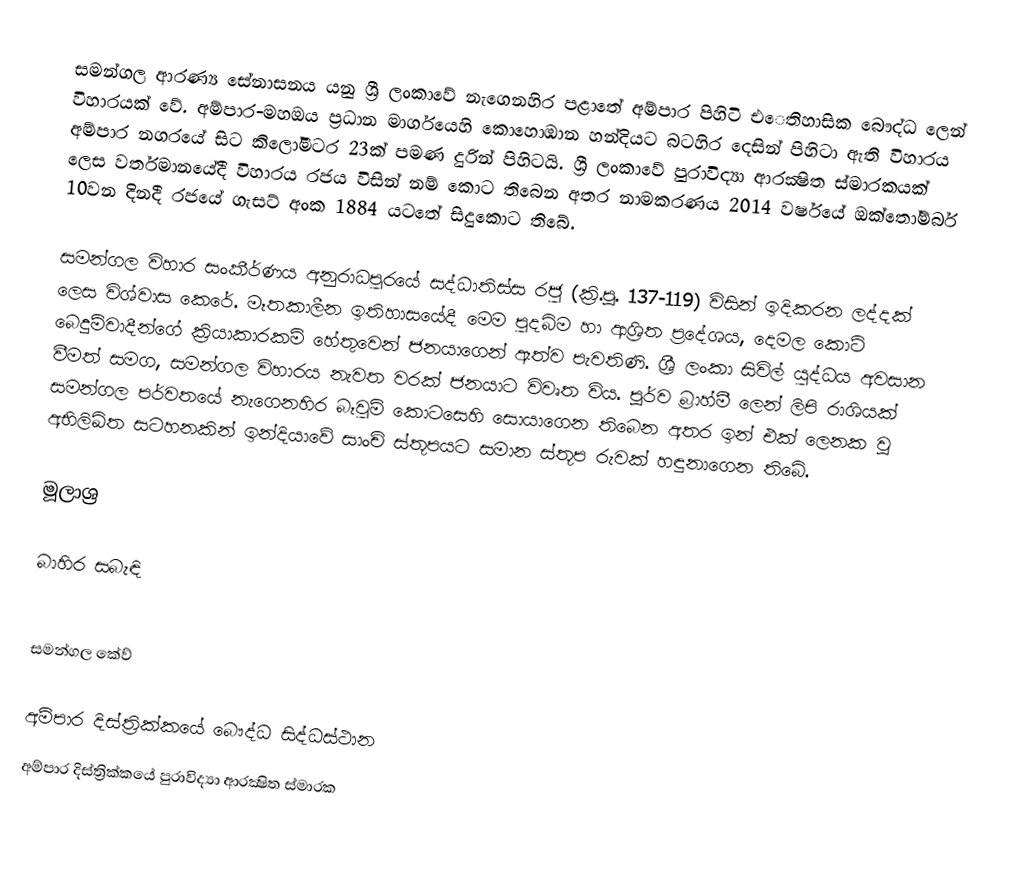
සමන්ගල ආරණ්‍ය සේනාසනය යනු ශ්‍රී ලංකාවේ නැගෙනහිර පළාතේ අම්පාර පිහිටි එෙතිහාසික බෞද්ධ ලෙන් විහාරයක් වේ. අම්පාර-මහඔය ප්‍රධාන මාර්ගයෙහි කොහොඹාන හන්දියට බටහිර දෙසින් පිහිටා ඇති විහාරය අම්පාර නගරයේ සිට කිලෝමීටර 23ක් පමණ දුරින් පිහිටයි. ශ්‍රී ලංකාවේ පුරාවිද්‍යා ආරක්‍ෂිත ස්මාරකයක් ලෙස වර්තමානයේදී විහාරය රජය විසින් නම් කොට තිබෙන අතර නාමකරණය 2014 වර්ෂයේ ඔක්තෝම්බර් 10වන දිනදී රජයේ ගැසට් අංක 1884 යටතේ සිදුකොට තිබේ.

සමන්ගල විහාර සංකීර්ණය අනුරාධපුරයේ සද්ධාතිස්ස රජු (ක්‍රි.පූ. 137-119) විසින් ඉදිකරන ලද්දක් ලෙස විශ්වාස කෙරේ. මෑතකාලීන ඉතිහාසයේදී මෙම පුදබිම හා ආශ්‍රිත ප්‍රදේශය, දෙමල කොටි බෙදුම්වාදීන්ගේ ක්‍රියාකාරකම් හේතුවෙන් ජනයාගෙන් ඈත්ව පැවතිණි. ශ්‍රී ලංකා‍ සිවිල් යුද්ධය අවසාන වීමත් සමග, සමන්ගල විහාරය නැවත වරක් ජනයාට විවෘත විය. පූර්ව බ්‍රාහ්මී ලෙන් ලිපි රාශියක් සමන්ගල පර්වතයේ නැගෙනහිර බෑවුම් කොටසෙහි සොයාගෙන තිබෙන අතර ඉන් එක් ලෙනක වූ අභිලිඛිත සටහනකින් ඉන්දියාවේ සාංචි ස්තූපයට සමාන ස්තූප රුවක් හඳුනාගෙන තිබේ.

මූලාශ්‍ර

බාහිර සබැඳි

සමන්ගල කේව්

අම්පාර දිස්ත්‍රික්කයේ බෞද්ධ සිද්ධස්ථාන
අම්පාර දිස්ත්‍රික්කයේ පුරාවිද්‍යා ආරක්‍ෂිත ස්මාරක